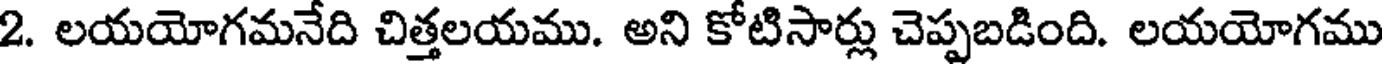
2. లయయోగమనేది చిత్తలయము. అని కోటిసార్లు చెప్పబడింది. లయయోగము